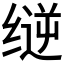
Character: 𰬳